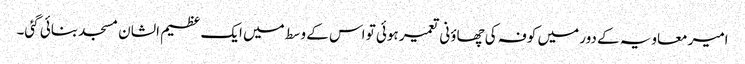
امیر معاویہ کے دور میں کوفہ کی چھاؤنی تعمیر ہوئی تو اس کے وسط میں ایک عظیم الشان مسجد بنائی گئی۔